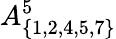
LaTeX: A_{\{ 1,2,4,5,7\} }^{5}